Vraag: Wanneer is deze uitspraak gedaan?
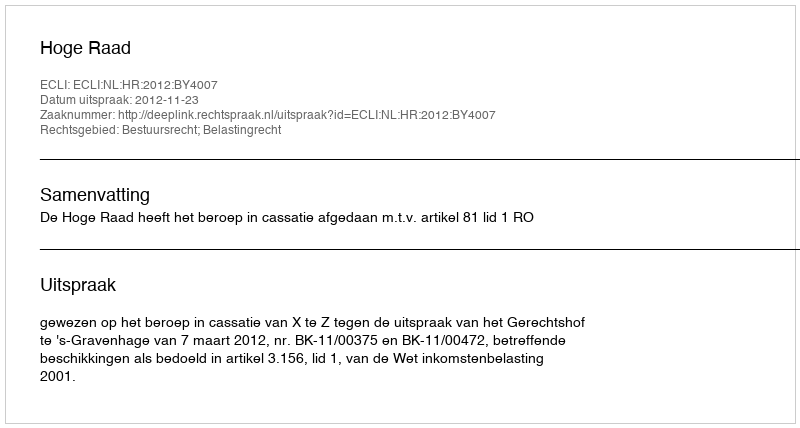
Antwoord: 2012-11-23